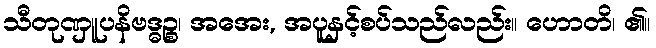
သီတုဏှူပနိဗဒ္ဓဉ္စ၊ အအေး, အပူနှင့်စပ်သည်လည်း။ ဟောတိ၊ ၏။